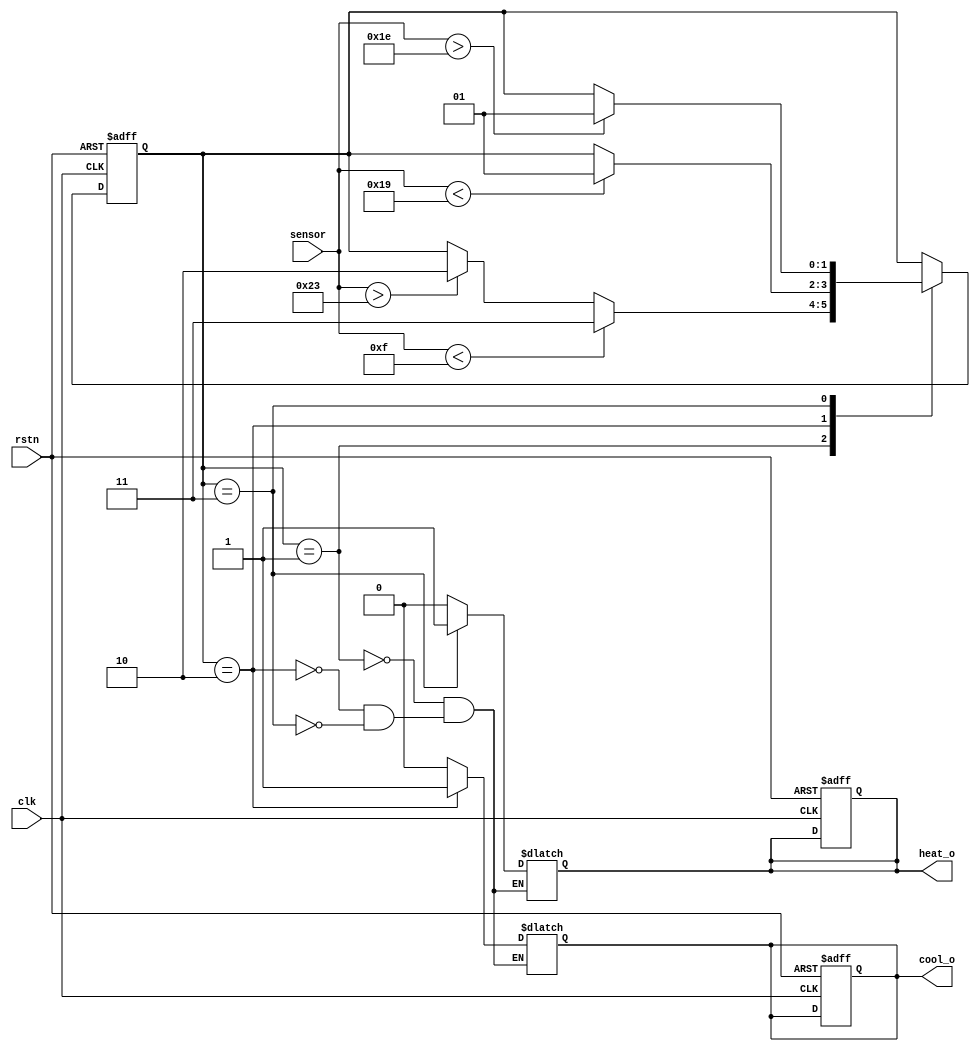
`define S1 2'b01
`define S2 2'b10
`define S3 2'b11

module AC(clk,
          sensor,
          rstn,
          cool_o,
          heat_o);
    input clk, rstn;
    input signed [7:0] sensor;
    output cool_o,heat_o;
    
    reg [1:0] state;
    reg cooler,heater;
    
    assign cool_o = cooler;
    assign heat_o = heater;
    
    always @(posedge clk or negedge rstn) begin
        if (!rstn)begin
            state  <= `S1;
            cooler <= 0;
            heater <= 0;
        end
        else begin
            case (state)
                `S1:
                begin
                    if (sensor > 35) state <= `S2;
                    if (sensor < 15) state <= `S3;
                end
                `S2:
                begin
                    if (sensor < 25) state <= `S1;
                end
                `S3:
                begin
                    if (sensor > 30) state <= `S1;
                end
            endcase
        end
    end
    
    always @(state) begin
        case (state)
            `S1:
            begin
                cooler <= 0;
                heater <= 0;
            end
            `S2:
            begin
                heater <= 0;
                cooler <= 1;
            end
            `S3:
            begin
                heater <= 1;
                cooler <= 0;
            end
        endcase
    end
endmodule